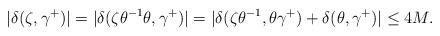
LaTeX: \begin{align*}|\delta(\zeta,\gamma^+)|=|\delta(\zeta\theta^{-1}\theta,\gamma^+)|=|\delta(\zeta\theta^{-1},\theta \gamma^+)+\delta(\theta,\gamma^+)|\leq 4M.\end{align*}